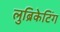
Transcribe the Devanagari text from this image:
लुब्रिकेटिंग